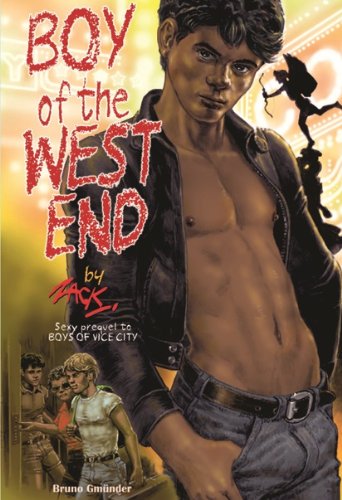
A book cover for Boy of the West End; Zack; Comics & Graphic Novels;